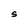
Character: S